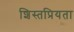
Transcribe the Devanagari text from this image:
शिस्तप्रियता